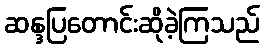
ဆန္ဒပြတောင်းဆိုခဲ့ကြသည်